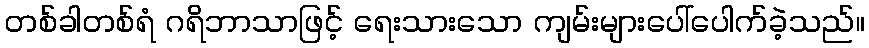
တစ်ခါတစ်ရံ ဂရိဘာသာဖြင့် ရေးသားသော ကျမ်းများပေါ်ပေါက်ခဲ့သည်။